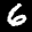
Label: 6